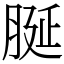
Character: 脠